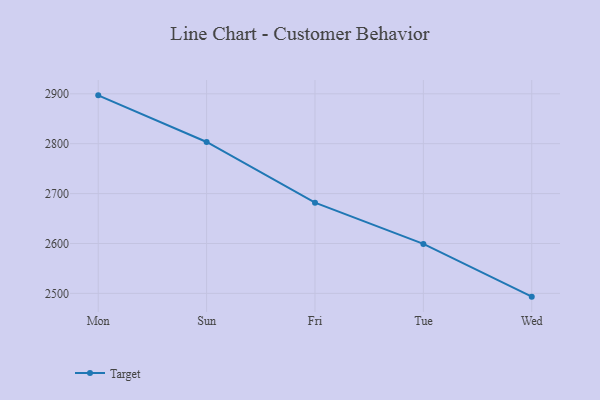
{"axis": {"x": "Day", "y": "Churn Rate (%)"}, "legend": ["Target"], "data": [{"x": "Mon", "y": 2896.9, "type": "Target"}, {"x": "Sun", "y": 2803.4, "type": "Target"}, {"x": "Fri", "y": 2681.7, "type": "Target"}, {"x": "Tue", "y": 2599.1, "type": "Target"}, {"x": "Wed", "y": 2493.4, "type": "Target"}]}